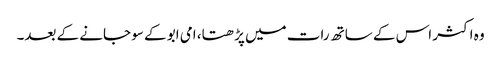
وہ اکثر اس کے ساتھ رات میں پڑھتا، امی ابو کے سو جانے کے بعد۔